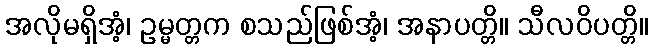
အလိုမရှိအံ့၊ ဥမ္မတ္တက စသည်ဖြစ်အံ့၊ အနာပတ္တိ။ သီလဝိပတ္တိ။